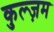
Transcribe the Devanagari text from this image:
कुल्ज़म